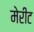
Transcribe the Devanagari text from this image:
मेरीट